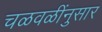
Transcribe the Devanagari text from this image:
चळवळींनुसार